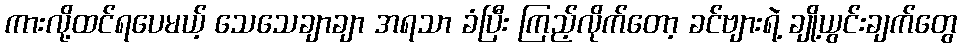
ကားလို့ထင်ရပေမယ့် သေသေချာချာ အရသာ ခံပြီး ကြည့်လိုက်တော့ ခင်ဗျားရဲ့ ချို့ယွင်းချက်တွေ